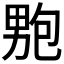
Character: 𭻚